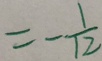
= - \frac { 1 } { 1 2 }